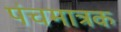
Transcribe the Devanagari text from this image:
पंचमात्रक